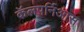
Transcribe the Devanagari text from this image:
कॅलपर्निआस